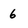
Character: 6